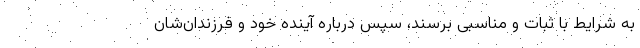
به شرایط با ثبات و مناسبی برسند، سپس درباره آینده خود و فرزندان‌شان